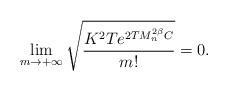
LaTeX: \begin{align*}\lim_{m \to +\infty} \sqrt{ \frac{K^2 T e^{2TM_n^{2\beta} C} }{m!} } =0.\end{align*}